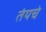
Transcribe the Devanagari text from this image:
तंयचे